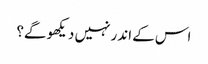
اس کے اندر نہیں دیکھو گے؟